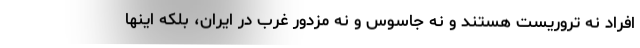
افراد نه تروریست هستند و نه جاسوس و نه مزدور غرب در ایران، بلکه اینها